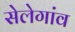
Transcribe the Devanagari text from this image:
सेलेगांव